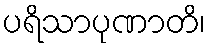
ပရိသာပုဏာတိ၊